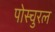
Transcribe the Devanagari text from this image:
पोस्चुरल